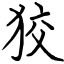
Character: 狡